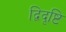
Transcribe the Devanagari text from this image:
द्विदृष्टि